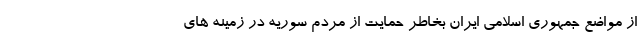
از مواضع جمهوری اسلامی ایران بخاطر حمایت از مردم سوریه در زمینه های